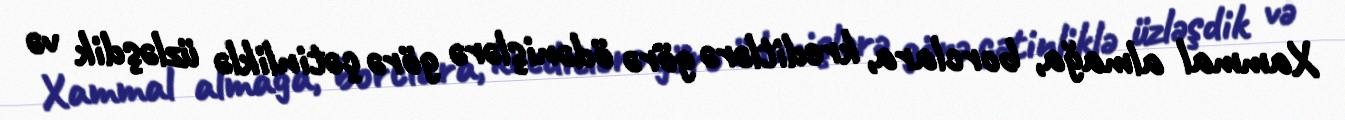
Xammal almağa, borclara, kreditlərə görə ödənişlərə görə çətinliklə üzləşdik və